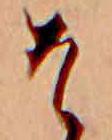
そ